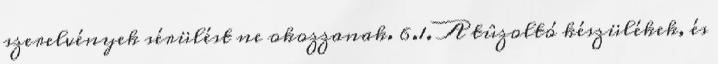
szerelvények sérülést ne okozzanak. 6.1. A tûzoltó készülékek, és